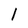
Character: 1